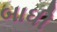
બાધી